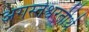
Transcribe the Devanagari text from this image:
अगस्तेश्वरतीर्थ